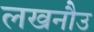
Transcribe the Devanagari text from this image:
लखनौउ